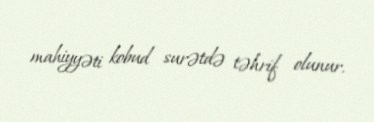
mahiyyəti kobud surətdə təhrif olunur.